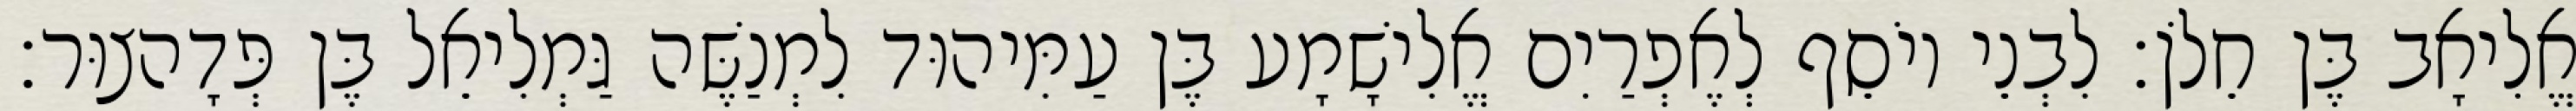
אֱלִיאָב בֶּן חֵלֹן׃ לִבְנֵי יוֹסֵף לְאֶפְרַיִם אֱלִישָׁמָע בֶּן עַמִּיהוּד לִמְנַשֶּׁה גַּמְלִיאֵל בֶּן פְּדָהצוּר׃